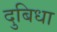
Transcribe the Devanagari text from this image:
दुबिधा